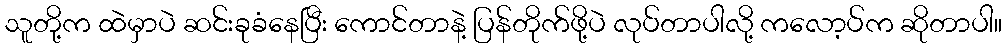
သူတို့က ထဲမှာပဲ ဆင်းခုခံနေပြီး ကောင်တာနဲ့ ပြန်တိုက်ဖို့ပဲ လုပ်တာပါလို့ ကလော့ပ်က ဆိုတာပါ။